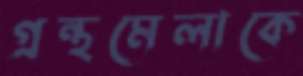
গ্রন্থমেলাকে